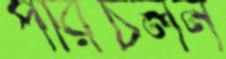
পরিচলন